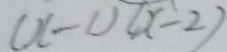
( x - 1 ) ( x - 2 )